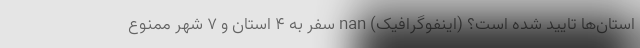
استان‌ها تایید شده است؟ (اینفوگرافیک) nan سفر به 4 استان و 7 شهر ممنوع